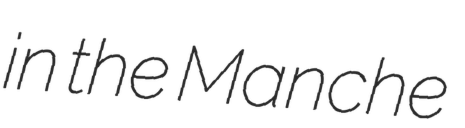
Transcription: in the Manche